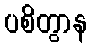
ပစိတွာန